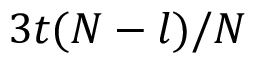
3 t ( N - l ) / N